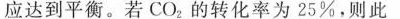
应达到平衡。若CO_{2}的转化率为25%，则此